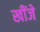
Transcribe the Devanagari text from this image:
खींजे